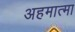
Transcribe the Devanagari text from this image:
अहमात्मा